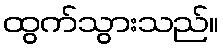
ထွက်သွားသည်။